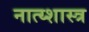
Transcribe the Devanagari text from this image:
नात्य्शास्त्र